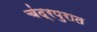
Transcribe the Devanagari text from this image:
चंद्रपुरात